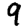
Digit: 9